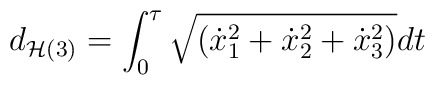
d_{{\cal H}(3)}=\int_0^{\tau} \sqrt{({\dot x}_1^2+{\dot x}^2_2 +{\dot x}^2_3)}dt